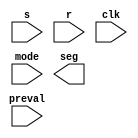
`timescale 1ns / 1ps
//////////////////////////////////////////////////////////////////////////////////
// Company: 
// Engineer: 
// 
// Design Name: 
// Module Name: mode_mux
// Project Name: 
// Target Devices: 
// Tool Versions: 
// Description: 
// 
// Dependencies: 
// 
// Revision:
// Revision 0.01 - File Created
// Additional Comments:
// 
//////////////////////////////////////////////////////////////////////////////////


module mode_mux(
    input s,
    input r,
    input clk,
    input [1:0] mode,
    input [7:0] preval,
    output [6:0] seg
    );
    
    reg [3:0] AN0, AN1, AN2, AN3;
    wire slow_clk;
    reg en = 0;             //enable
    reg [6:0] sseg;
    reg [3:0] an_var;
    reg dp_var;
    //reg edge_clk = 0;
    
    always @ (*)
    begin
    if (s)
       en = ~en;
    end
    
    reg r_var_ff; // reset flipflop button for the signal
    reg r_var = 1; //reset the signal
    
    always @ (*)
    begin
    r_var_ff <= r_var; // reset signal equals button flipflop
       if (r)          // reset button flipflop is 1 and reset is 0
           r_var = ~r_var;
    end
    
    always @(posedge slow_clk) 
    begin
    case(mode) 
    
    2'b00 : 
    if (r_var == 1) 
       begin
       AN0 = 4'b0000;
       AN1 = 4'b0000;
       AN2 = 4'b0000;
       AN3 = 4'b0000;
       end
       else if (en == 1)
       begin
           if (AN0 == 9)
           begin
           AN0 <= 0;
               if (AN1 == 9)
               begin
               AN1 <= 0;
                   if (AN2 == 9)
                   begin 
                   AN2 <= 0;
                       if (AN3 == 9)
                       begin
                       AN3 <= 9; AN2 <= 9; AN1 <= 9; AN0 <= 9;
                       end
                       else 
                       AN3 = AN3 + 1;
                       end
                   else 
                   AN2 = AN2 + 1;
                   end
               else
               AN1 = AN1 + 1;
               end
          else 
          AN0 = AN0 + 1; 
          end
         
    2'b01 : 
    if (r_var == 1)
       begin
       AN0 = 4'b0000;
       AN1 = 4'b0000;
       if (preval[3:0] >= 4'b1001)
           AN2 <=  4'b1001;
       else 
           AN2 <= preval[3:0];       // digit ones place - 7 seg an2
       if (preval[7:4] >= 4'b1001)
           AN3 <= 4'b1001;
       else 
           AN3 <= preval[7:4];      // digit tens place - 7 seg an3
       end
    else if(en == 1)
    begin
       if (AN0 == 9)
       begin
       AN0 <= 0;
           if (AN1 == 9)
           begin
           AN1 <= 0;
               if (AN2 == 9)
               begin 
               AN2 <= 0;
                   if (AN3 == 9)
                   begin
                   AN3 <= 9; AN2 <= 9; AN1 <= 9; AN0 <= 9;
                   end
                   else 
                   AN3 = AN3 + 1;
                   end
               else 
               AN2 = AN2 + 1;
               end
           else
           AN1 = AN1 + 1;
           end
      else 
      AN0 = AN0 + 1; 
      end       
              
    2'b10 :  
    if (r_var == 1) 
       begin
       AN0 = 4'b1001;
       AN1 = 4'b1001;
       AN2 = 4'b1001;
       AN3 = 4'b1001;
       end
       else if (en == 1)
       begin
           if (AN0 == 0)
           begin
           AN0 <= 9;
               if (AN1 == 0)
               begin
               AN1 <= 9;
                   if (AN2 == 0)
                   begin 
                   AN2 <= 9;
                       if (AN3 == 0)
                       begin
                       AN3 <= 0; AN2 <= 0; AN1 <= 0; AN0 <= 0;
                       end
                       else 
                       AN3 = AN3 - 1;
                       end
                   else 
                   AN2 = AN2 - 1;
                   end
               else
               AN1 = AN1 - 1;
               end
          else 
          AN0 = AN0 - 1; 
          end
    
    2'b11 : 
    if (r_var == 1)
       begin
       AN0 = 4'b1001;
       AN1 = 4'b1001;
       if (preval[3:0] >= 4'b1001)
           AN2 <=  4'b1001;
       else 
           AN2 <= preval[3:0];       // digit ones place - 7 seg an2
       if (preval[7:4] >= 4'b1001)
           AN3 <= 4'b1001;
       else 
           AN3 <= preval[7:4];      // digit tens place - 7 seg an3
       end 
       else if (en == 1)
               begin
                   if (AN0 == 0)
                   begin
                   AN0 <= 9;
                       if (AN1 == 0)
                       begin
                       AN1 <= 9;
                           if (AN2 == 0)
                           begin 
                           AN2 <= 9;
                               if (AN3 == 0)
                               begin
                               AN3 <= 0; AN2 <= 0; AN1 <= 0; AN0 <= 0;
                               end
                               else 
                               AN3 = AN3 - 1;
                               end
                           else 
                           AN2 = AN2 - 1;
                           end
                       else
                       AN1 = AN1 - 1;
                       end
                  else 
                  AN0 = AN0 - 1; 
                  end
       endcase
       end 
endmodule